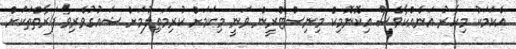
އެކަމަކު މިހާރު އަނެއްކާވެސް އިކޮނޮމިކް މިނިސްޓްރީން ވަނީ މިކަމަށް ކުރިމަތިލުމަށް ޝައުގުވެރިވާ ފަރާތްތަކަށް